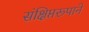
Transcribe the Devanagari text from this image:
संक्षिप्तरूपाने